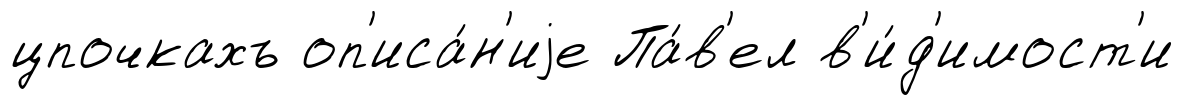
цпочкахъ оп'иса́н'иjе Па́в'ел в'и́д'имост'и